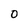
Character: 0